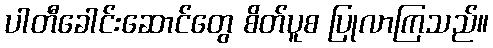
ပါတီခေါင်းဆောင်တွေ စိတ်ပူစ ပြုလာကြသည်။